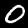
Label: 0